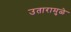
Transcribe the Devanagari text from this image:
उतारामुळे